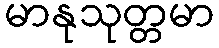
မာနုသုတ္တမာ